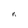
Character: n